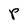
Character: P